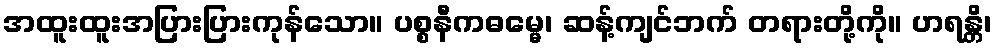
အထူးထူးအပြားပြားကုန်သော။ ပစ္စနီကဓမ္မေ၊ ဆန့်ကျင်ဘက် တရားတို့ကို။ ဟရန္တိ၊